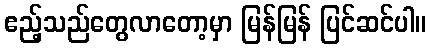
ဧည့်သည်တွေလာတော့မှာ မြန်မြန် ပြင်ဆင်ပါ။